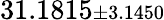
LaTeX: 31.1815{\scriptstyle\pm 3.1450}